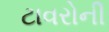
ટાવરોની